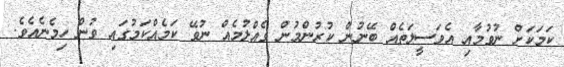
ކަމަކަށް ނުވުމާއި އެވަސީލަތެއް ބޭނުން ކުރުންމުން ގެއްލުމެއް ނުވޭ ކަމެއްކަމުގައި ވުން ހިމެނެއެވެ.